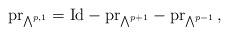
LaTeX: \begin{align*}\mathrm{pr}_{\bigwedge^{p,1}}=\mathrm{Id}-\mathrm{pr}_{\bigwedge^{p+1}}-\mathrm{pr}_{\bigwedge^{p-1}}\,,\end{align*}